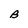
Character: B